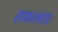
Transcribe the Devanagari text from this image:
साकरमांडा